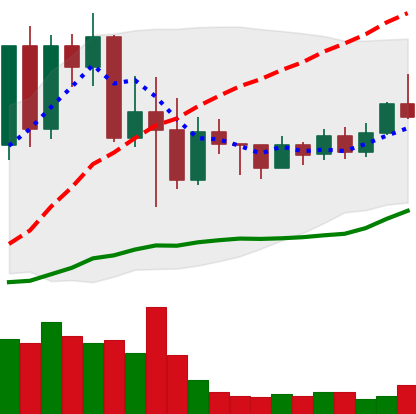
Ticker: TRX-USD
Chart end date: 2022-05-23
Forward return: 6.519%
Label: up_5_7